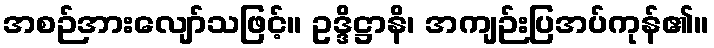
အစဉ်အားလျော်သဖြင့်။ ဥဒ္ဒိဋ္ဌာနိ၊ အကျဉ်းပြအပ်ကုန်၏။